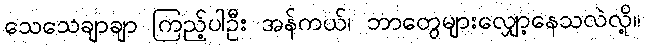
သေသေချာချာ ကြည့်ပါဦး အန်ကယ်၊ ဘာတွေများလျှော့နေသလဲလို့။